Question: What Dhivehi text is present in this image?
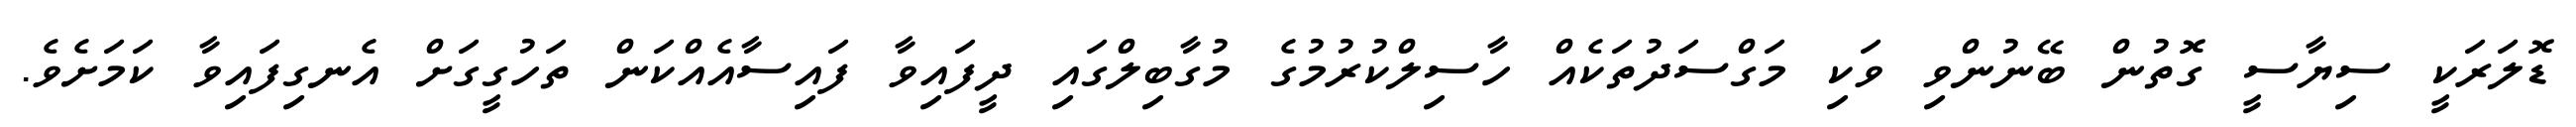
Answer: ޑޮލަރަކީ ސިޔާސީ ގޮތުން ބޭނުންވި ވަކި މަގްސަދުތަކެއް ހާސިލްކުރުމުގެ މުގާބިލްގައި ދީފައިވާ ފައިސާއެއްކަން ތަހުގީގަށް އެނގިފައިވާ ކަމަށެވެ.